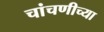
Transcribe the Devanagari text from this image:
चांचणीच्या